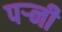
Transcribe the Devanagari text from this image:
पर्‍नी